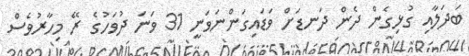
ބަދަލާއި ގުޅިގެން ދެން ދަނޑަށް ވަޑައިގަންނަވަނީ 31 ވަނަ ދުވަހުގެ ރޭ މިހާރުވެސް